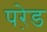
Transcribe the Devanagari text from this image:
परे़ड